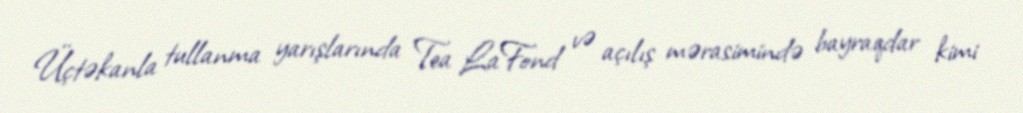
Üçtəkanla tullanma yarışlarında Tea LaFond və açılış mərasimində bayraqdar kimi